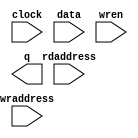
// megafunction wizard: %RAM: 2-PORT%VBB%
// GENERATION: STANDARD
// VERSION: WM1.0
// MODULE: altsyncram 

// ============================================================
// Megafunction Name(s):
// 			altsyncram
//
// Simulation Library Files(s):
// 			altera_mf
// ============================================================
// ************************************************************
// THIS IS A WIZARD-GENERATED FILE. DO NOT EDIT THIS FILE!
//
// 18.0.0 Build 614 04/24/2018 SJ Lite Edition
// ************************************************************

//Copyright (C) 2018  Intel Corporation. All rights reserved.
//Your use of Intel Corporation's design tools, logic functions 
//and other software and tools, and its AMPP partner logic 
//functions, and any output files from any of the foregoing 
//(including device programming or simulation files), and any 
//associated documentation or information are expressly subject 
//to the terms and conditions of the Intel Program License 
//Subscription Agreement, the Intel Quartus Prime License Agreement,
//the Intel FPGA IP License Agreement, or other applicable license
//agreement, including, without limitation, that your use is for
//the sole purpose of programming logic devices manufactured by
//Intel and sold by Intel or its authorized distributors.  Please
//refer to the applicable agreement for further details.

module vertex_memory (
	clock,
	data,
	rdaddress,
	wraddress,
	wren,
	q);

	input	  clock;
	input	[63:0]  data;
	input	[13:0]  rdaddress;
	input	[13:0]  wraddress;
	input	  wren;
	output	[63:0]  q;
`ifndef ALTERA_RESERVED_QIS
// synopsys translate_off
`endif
	tri1	  clock;
	tri0	  wren;
`ifndef ALTERA_RESERVED_QIS
// synopsys translate_on
`endif

endmodule

// ============================================================
// CNX file retrieval info
// ============================================================
// Retrieval info: PRIVATE: ADDRESSSTALL_A NUMERIC "0"
// Retrieval info: PRIVATE: ADDRESSSTALL_B NUMERIC "0"
// Retrieval info: PRIVATE: BYTEENA_ACLR_A NUMERIC "0"
// Retrieval info: PRIVATE: BYTEENA_ACLR_B NUMERIC "0"
// Retrieval info: PRIVATE: BYTE_ENABLE_A NUMERIC "0"
// Retrieval info: PRIVATE: BYTE_ENABLE_B NUMERIC "0"
// Retrieval info: PRIVATE: BYTE_SIZE NUMERIC "8"
// Retrieval info: PRIVATE: BlankMemory NUMERIC "0"
// Retrieval info: PRIVATE: CLOCK_ENABLE_INPUT_A NUMERIC "0"
// Retrieval info: PRIVATE: CLOCK_ENABLE_INPUT_B NUMERIC "0"
// Retrieval info: PRIVATE: CLOCK_ENABLE_OUTPUT_A NUMERIC "0"
// Retrieval info: PRIVATE: CLOCK_ENABLE_OUTPUT_B NUMERIC "0"
// Retrieval info: PRIVATE: CLRdata NUMERIC "0"
// Retrieval info: PRIVATE: CLRq NUMERIC "0"
// Retrieval info: PRIVATE: CLRrdaddress NUMERIC "0"
// Retrieval info: PRIVATE: CLRrren NUMERIC "0"
// Retrieval info: PRIVATE: CLRwraddress NUMERIC "0"
// Retrieval info: PRIVATE: CLRwren NUMERIC "0"
// Retrieval info: PRIVATE: Clock NUMERIC "0"
// Retrieval info: PRIVATE: Clock_A NUMERIC "0"
// Retrieval info: PRIVATE: Clock_B NUMERIC "0"
// Retrieval info: PRIVATE: IMPLEMENT_IN_LES NUMERIC "0"
// Retrieval info: PRIVATE: INDATA_ACLR_B NUMERIC "0"
// Retrieval info: PRIVATE: INDATA_REG_B NUMERIC "0"
// Retrieval info: PRIVATE: INIT_FILE_LAYOUT STRING "PORT_B"
// Retrieval info: PRIVATE: INIT_TO_SIM_X NUMERIC "0"
// Retrieval info: PRIVATE: INTENDED_DEVICE_FAMILY STRING "Cyclone IV E"
// Retrieval info: PRIVATE: JTAG_ENABLED NUMERIC "0"
// Retrieval info: PRIVATE: JTAG_ID STRING "NONE"
// Retrieval info: PRIVATE: MAXIMUM_DEPTH NUMERIC "0"
// Retrieval info: PRIVATE: MEMSIZE NUMERIC "1048576"
// Retrieval info: PRIVATE: MEM_IN_BITS NUMERIC "0"
// Retrieval info: PRIVATE: MIFfilename STRING "./models/cube.hex"
// Retrieval info: PRIVATE: OPERATION_MODE NUMERIC "2"
// Retrieval info: PRIVATE: OUTDATA_ACLR_B NUMERIC "0"
// Retrieval info: PRIVATE: OUTDATA_REG_B NUMERIC "1"
// Retrieval info: PRIVATE: RAM_BLOCK_TYPE NUMERIC "2"
// Retrieval info: PRIVATE: READ_DURING_WRITE_MODE_MIXED_PORTS NUMERIC "2"
// Retrieval info: PRIVATE: READ_DURING_WRITE_MODE_PORT_A NUMERIC "3"
// Retrieval info: PRIVATE: READ_DURING_WRITE_MODE_PORT_B NUMERIC "3"
// Retrieval info: PRIVATE: REGdata NUMERIC "1"
// Retrieval info: PRIVATE: REGq NUMERIC "1"
// Retrieval info: PRIVATE: REGrdaddress NUMERIC "1"
// Retrieval info: PRIVATE: REGrren NUMERIC "1"
// Retrieval info: PRIVATE: REGwraddress NUMERIC "1"
// Retrieval info: PRIVATE: REGwren NUMERIC "1"
// Retrieval info: PRIVATE: SYNTH_WRAPPER_GEN_POSTFIX STRING "0"
// Retrieval info: PRIVATE: USE_DIFF_CLKEN NUMERIC "0"
// Retrieval info: PRIVATE: UseDPRAM NUMERIC "1"
// Retrieval info: PRIVATE: VarWidth NUMERIC "0"
// Retrieval info: PRIVATE: WIDTH_READ_A NUMERIC "64"
// Retrieval info: PRIVATE: WIDTH_READ_B NUMERIC "64"
// Retrieval info: PRIVATE: WIDTH_WRITE_A NUMERIC "64"
// Retrieval info: PRIVATE: WIDTH_WRITE_B NUMERIC "64"
// Retrieval info: PRIVATE: WRADDR_ACLR_B NUMERIC "0"
// Retrieval info: PRIVATE: WRADDR_REG_B NUMERIC "0"
// Retrieval info: PRIVATE: WRCTRL_ACLR_B NUMERIC "0"
// Retrieval info: PRIVATE: enable NUMERIC "0"
// Retrieval info: PRIVATE: rden NUMERIC "0"
// Retrieval info: LIBRARY: altera_mf altera_mf.altera_mf_components.all
// Retrieval info: CONSTANT: ADDRESS_ACLR_B STRING "NONE"
// Retrieval info: CONSTANT: ADDRESS_REG_B STRING "CLOCK0"
// Retrieval info: CONSTANT: CLOCK_ENABLE_INPUT_A STRING "BYPASS"
// Retrieval info: CONSTANT: CLOCK_ENABLE_INPUT_B STRING "BYPASS"
// Retrieval info: CONSTANT: CLOCK_ENABLE_OUTPUT_B STRING "BYPASS"
// Retrieval info: CONSTANT: INIT_FILE STRING "./models/cube.hex"
// Retrieval info: CONSTANT: INTENDED_DEVICE_FAMILY STRING "Cyclone IV E"
// Retrieval info: CONSTANT: LPM_TYPE STRING "altsyncram"
// Retrieval info: CONSTANT: NUMWORDS_A NUMERIC "16384"
// Retrieval info: CONSTANT: NUMWORDS_B NUMERIC "16384"
// Retrieval info: CONSTANT: OPERATION_MODE STRING "DUAL_PORT"
// Retrieval info: CONSTANT: OUTDATA_ACLR_B STRING "NONE"
// Retrieval info: CONSTANT: OUTDATA_REG_B STRING "CLOCK0"
// Retrieval info: CONSTANT: POWER_UP_UNINITIALIZED STRING "FALSE"
// Retrieval info: CONSTANT: RAM_BLOCK_TYPE STRING "M9K"
// Retrieval info: CONSTANT: READ_DURING_WRITE_MODE_MIXED_PORTS STRING "DONT_CARE"
// Retrieval info: CONSTANT: WIDTHAD_A NUMERIC "14"
// Retrieval info: CONSTANT: WIDTHAD_B NUMERIC "14"
// Retrieval info: CONSTANT: WIDTH_A NUMERIC "64"
// Retrieval info: CONSTANT: WIDTH_B NUMERIC "64"
// Retrieval info: CONSTANT: WIDTH_BYTEENA_A NUMERIC "1"
// Retrieval info: USED_PORT: clock 0 0 0 0 INPUT VCC "clock"
// Retrieval info: USED_PORT: data 0 0 64 0 INPUT NODEFVAL "data[63..0]"
// Retrieval info: USED_PORT: q 0 0 64 0 OUTPUT NODEFVAL "q[63..0]"
// Retrieval info: USED_PORT: rdaddress 0 0 14 0 INPUT NODEFVAL "rdaddress[13..0]"
// Retrieval info: USED_PORT: wraddress 0 0 14 0 INPUT NODEFVAL "wraddress[13..0]"
// Retrieval info: USED_PORT: wren 0 0 0 0 INPUT GND "wren"
// Retrieval info: CONNECT: @address_a 0 0 14 0 wraddress 0 0 14 0
// Retrieval info: CONNECT: @address_b 0 0 14 0 rdaddress 0 0 14 0
// Retrieval info: CONNECT: @clock0 0 0 0 0 clock 0 0 0 0
// Retrieval info: CONNECT: @data_a 0 0 64 0 data 0 0 64 0
// Retrieval info: CONNECT: @wren_a 0 0 0 0 wren 0 0 0 0
// Retrieval info: CONNECT: q 0 0 64 0 @q_b 0 0 64 0
// Retrieval info: GEN_FILE: TYPE_NORMAL vertex_memory.v TRUE
// Retrieval info: GEN_FILE: TYPE_NORMAL vertex_memory.inc FALSE
// Retrieval info: GEN_FILE: TYPE_NORMAL vertex_memory.cmp FALSE
// Retrieval info: GEN_FILE: TYPE_NORMAL vertex_memory.bsf FALSE
// Retrieval info: GEN_FILE: TYPE_NORMAL vertex_memory_inst.v FALSE
// Retrieval info: GEN_FILE: TYPE_NORMAL vertex_memory_bb.v TRUE
// Retrieval info: LIB_FILE: altera_mf